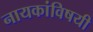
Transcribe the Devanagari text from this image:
नायकांविषयी